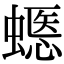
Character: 𧏽